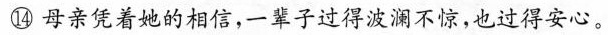
⑭母亲凭着她的相信，一朱子过得波澜不惊，也过得安心，